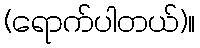
(ရောက်ပါတယ်)။